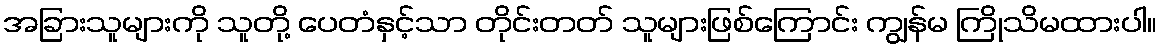
အခြားသူများကို သူတို့ ပေတံနှင့်သာ တိုင်းတတ် သူများဖြစ်ကြောင်း ကျွန်မ ကြိုသိမထားပါ။